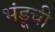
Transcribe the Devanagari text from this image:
भंडूची